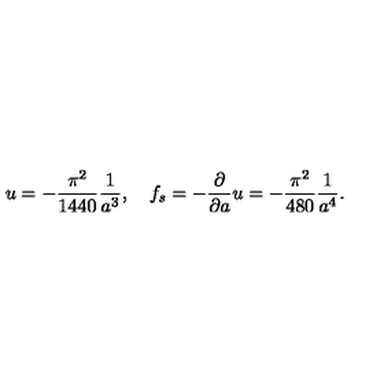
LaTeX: u = - { \frac { \pi ^ { 2 } } { 1 4 4 0 } } { \frac { 1 } { a ^ { 3 } } } , \quad f _ { s } = - { \frac { \partial } { \partial a } } u = - { \frac { \pi ^ { 2 } } { 4 8 0 } } { \frac { 1 } { a ^ { 4 } } } .